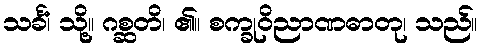
သင်္ခံ၊ သို့။ ဂစ္ဆတိ၊ ၏။ စက္ခုဝိညာဏဓာတု၊ သည်။